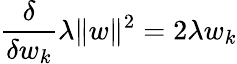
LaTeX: \frac{\delta}{\delta w_{k}}\lambda\| w\| ^{2}=2\lambda w_{k}